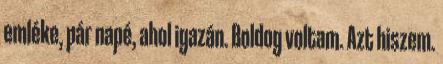
emléke, pár napé, ahol igazán. Boldog voltam. Azt hiszem.